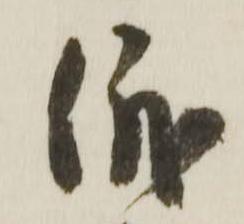
俄